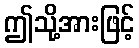
ဤသို့အားဖြင့်